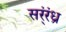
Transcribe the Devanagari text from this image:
सर्ंरंध्र